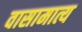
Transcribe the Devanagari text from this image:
वासामात्य